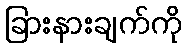
ခြားနားချက်ကို